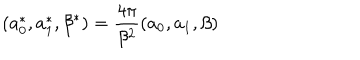
( a _ { 0 } ^ { * } , a _ { 1 } ^ { * } , \beta ^ { * } ) = \frac { 4 \pi } { \beta ^ { 2 } } ( a _ { 0 } , a _ { 1 } , \beta )